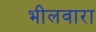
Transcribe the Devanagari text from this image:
भीलवारा